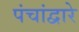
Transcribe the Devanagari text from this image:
पंचांद्वारे